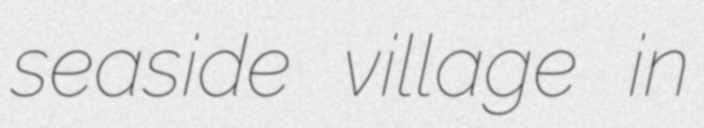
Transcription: seaside village in